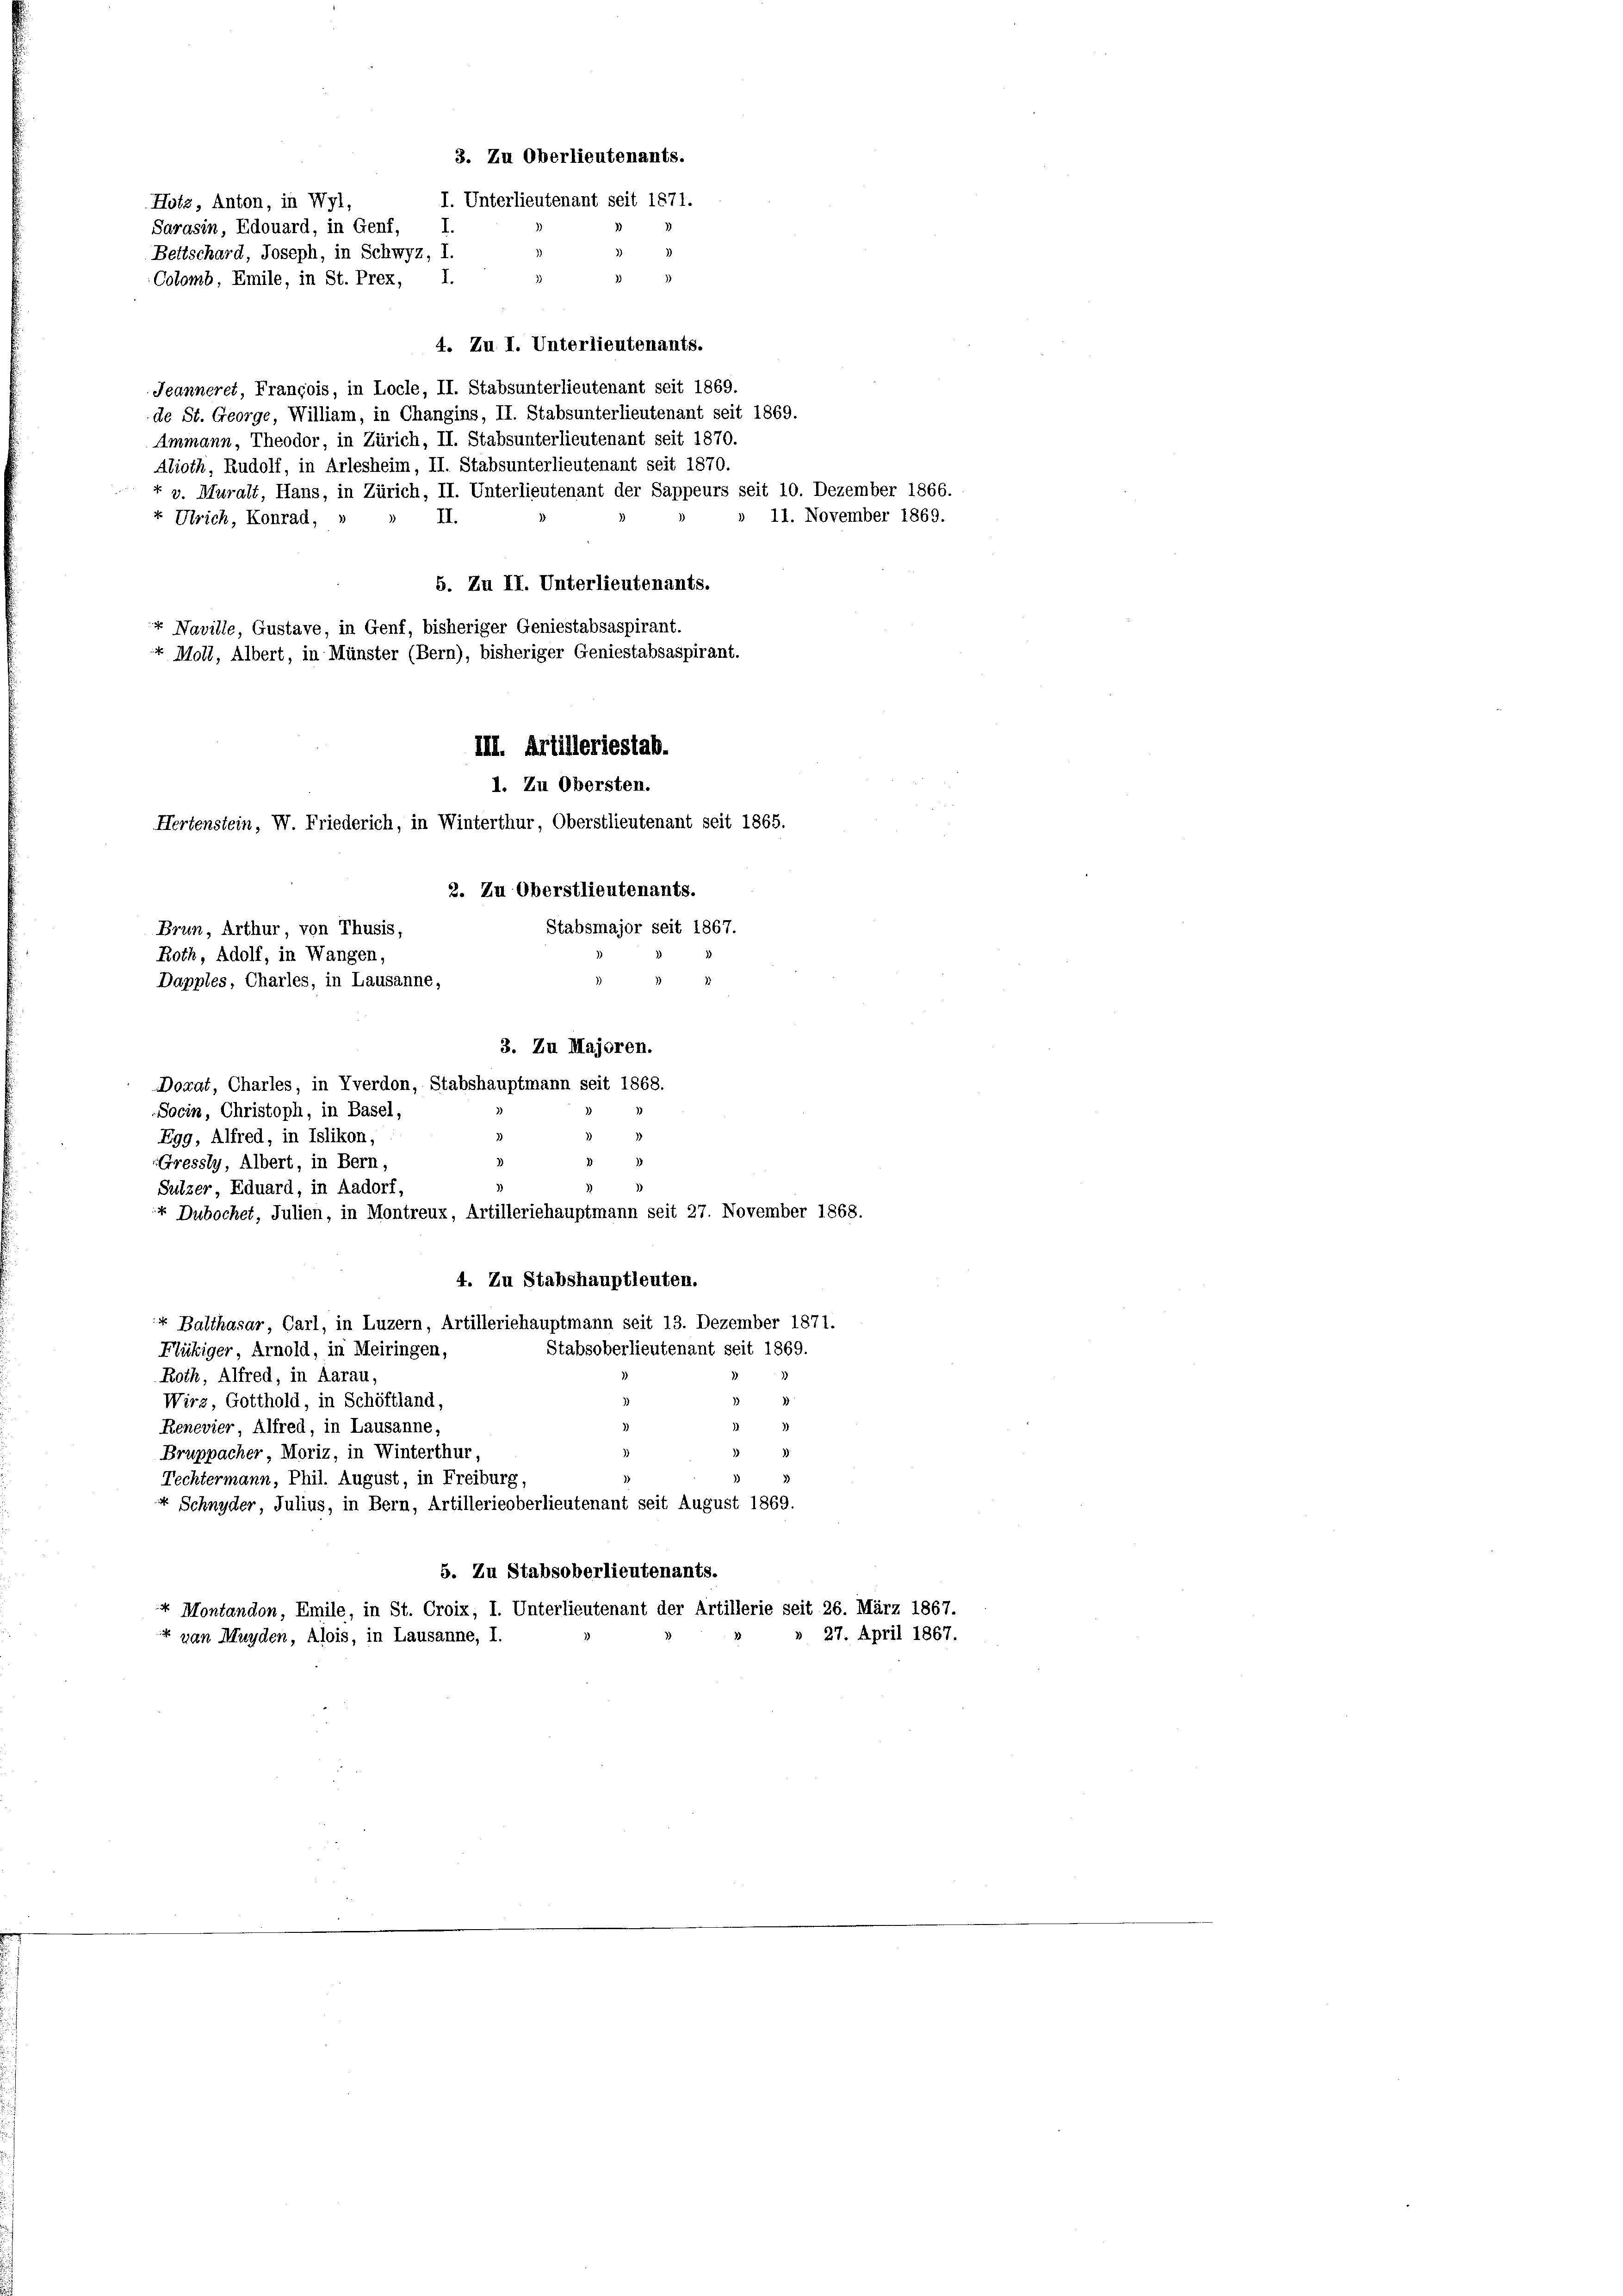
3. Zu Oberlieutenants.
I. Unterlieutenant seit 1871.
Hotz, Anton, in Wyl,
Sarasin, Edouard, in Genf,
Bettschard, Joseph, in Schwyz, I.
13
Colomb, Emile, in St. Prex, I.

4. Zu I. Unterlieutenants.
Jeanneret, François, in Locle, II. Stabsunterlieutenant seit 1869.
de St. George, William, in Changins, II. Stabsunterlieutenant seit 1869.
Ammann, Theodor, in Zürich, II. Stabsunterlieutenant seit 1870.
Abioth, Rudolf, in Arlesheim, II. Stabsunterlieutenant seit 1870.
+ v. Muralt, Hans, in Zürich, II. Unterlieutenant der Sappeurs seit 10. Dezember 1866.
« Ulrich, Konrad,
II.
5. Zu II. Unterlieutenants.
« Naville, Gustave, in Genf, bisheriger Geniestabsaspirant.
Moll, Albert, in Münster (Bern), bisheriger Geniestabsaspirant.
III. Artilleriestab.

1. Zu Obersten.
Hertenstein, W. Friederich, in Winterthur, Oberstlieutenant seit 1865.
2. Zu Oberstlieutenants.
Brun, Arthur, von Thusis,
Roth, Adolf, in Wangen,
Dapples, Charles, in Lausanne,

Dorat, Charles, in Yverdon, Stabshauptmann seit 1868.
Socin, Christoph, in Basel,
Egg, Alfred, in Islikon,
Gressly, Albert, in Bern,
Sulzer, Eduard, in Aadorf,
+ Dubochet, Julien, in Montreux, Artilleriehauptmann seit 27. November 1868.
4. Zu Stabshauptleuten.
« Balthasar, Carl, in Luzern, Artilleriehauptmann seit 13. Dezember 1871.
Stabsoberlieutenant seit 1869.
Flükiger, Arnold, in Meiringen,
Roth, Alfred, in Aarau,
Wirz, Gotthold, in Schöftland,
Renevier, Alfred, in Lausanne,
Bruppacher, Moriz, in Winterthur,
Techtermann, Phil. August, in Freiburg,
+ Schnyder, Julius, in Bern, Artillerieoberlieutenant seit August 1869.
5. Zu Stabsoberlieutenants.
4 Montandon, Emile, in St. Croix, I. Unterlieutenant der Artillerie seit 26. März 1867.
» 27. April 1867.
+ van Munden, Alois, in Lausanne, I.

Stabsmajor seit 1867.
3. Zu Majoren.

11. November 1869.